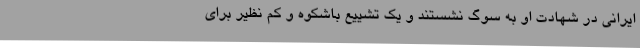
ایرانی در شهادت او به سوگ نشستند و یک تشییع باشکوه و کم نظیر برای